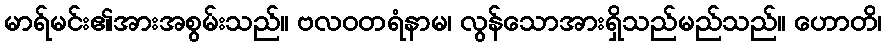
မာရ်မင်း၏အားအစွမ်းသည်။ ဗလဝတရံနာမ၊ လွန်သောအားရှိသည်မည်သည်။ ဟောတိ၊